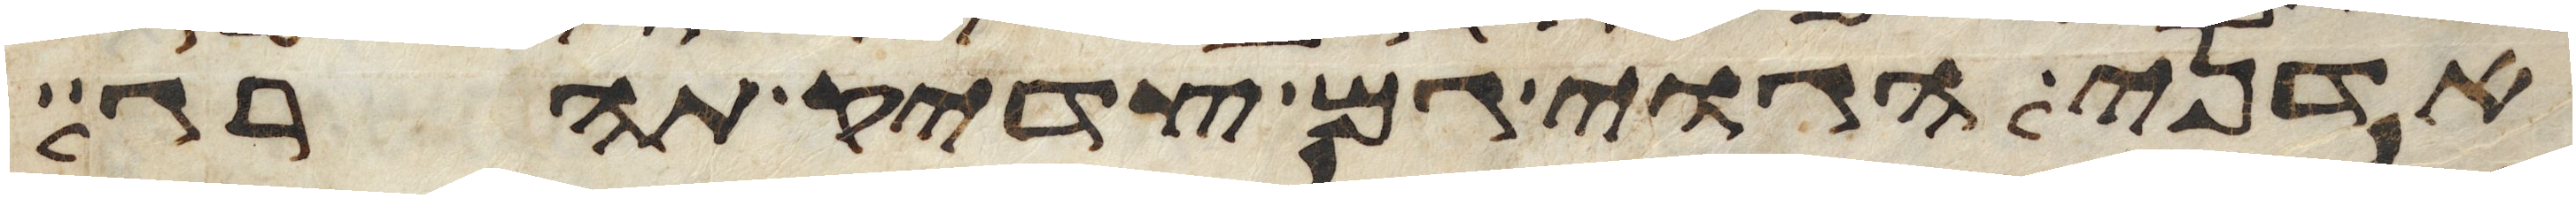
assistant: אדני הגוי גם צדיק תהרג